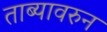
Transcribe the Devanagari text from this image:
ताब्यावरुन